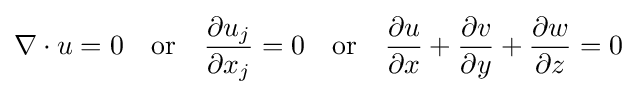
\nabla \cdot u=0\quad {\textrm {or}}\quad {\frac {\partial u_{j}}{\partial x_{j}}}=0\quad {\textrm {or}}\quad {\frac {\partial u}{\partial x}}+{\frac {\partial v}{\partial y}}+{\frac {\partial w}{\partial z}}=0